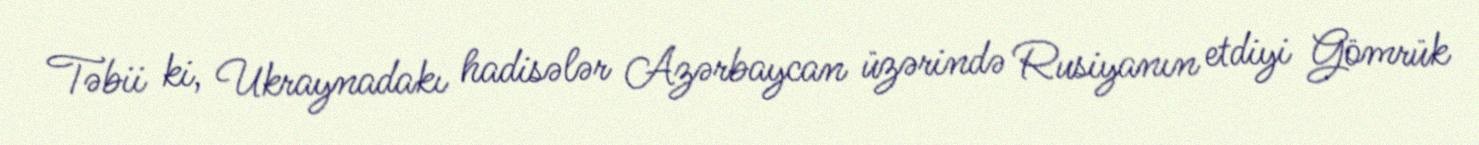
Təbii ki, Ukraynadakı hadisələr Azərbaycan üzərində Rusiyanın etdiyi Gömrük